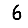
Digit: 6